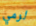
لرمي